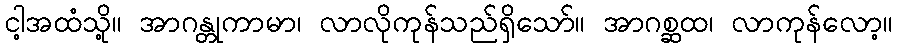
ငါ့အထံသို့။ အာဂန္တုကာမာ၊ လာလိုကုန်သည်ရှိသော်။ အာဂစ္ဆထ၊ လာကုန်လော့။